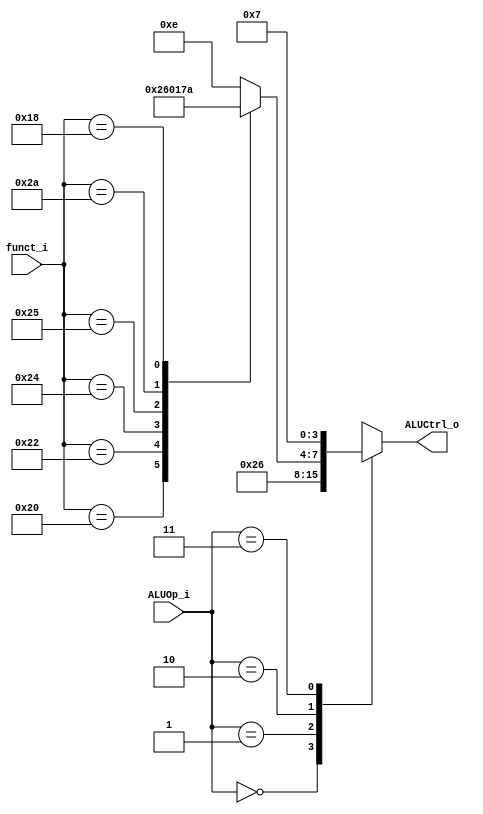

module ALU_Ctrl(
	funct_i,
	ALUOp_i,
	ALUCtrl_o
);

// I/O ports
input [6-1:0] funct_i;
input [2-1:0] ALUOp_i;
output reg [4-1:0] ALUCtrl_o;

// Parameter

// Select exact operation
always @(funct_i, ALUOp_i) begin
	case (ALUOp_i)
		2'b00: ALUCtrl_o <= 4'h2;  // ADD
		2'b01: ALUCtrl_o <= 4'h6;  // SUB
		2'b10: case (funct_i)
			6'b100000: ALUCtrl_o <= 4'h2;  // ADD
			6'b100010: ALUCtrl_o <= 4'h6;  // SUB
			6'b100100: ALUCtrl_o <= 4'h0;  // AND
			6'b100101: ALUCtrl_o <= 4'h1;  // OR
			6'b101010: ALUCtrl_o <= 4'h7;  // SLT
			6'b011000: ALUCtrl_o <= 4'hA;  // MUL
			default:   ALUCtrl_o <= 4'hE;
		endcase
		2'b11: ALUCtrl_o <= 4'h7;  // SLT
	endcase
end

endmodule